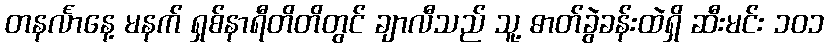
တနင်္လာနေ့ မနက် ရှစ်နာရီတိတိတွင် ချာလီသည် သူ့ ဓာတ်ခွဲခန်းထဲရှိ ဆီးမင်း ၁၀၁